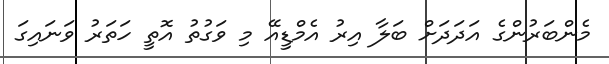
މެންބަރުންގެ އަދަދަށް ބަލާ އިރު އެމްޑީއޭ މި ވަގުތު އޮތީ ހަތަރު ވަނައިގަ